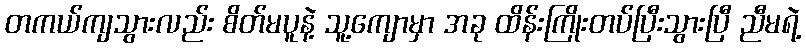
တကယ်ကျသွားလည်း စိတ်မပူနဲ့ သူ့ကျောမှာ အခု ထိန်းကြိုးတပ်ပြီးသွားပြီ ညီမရဲ့